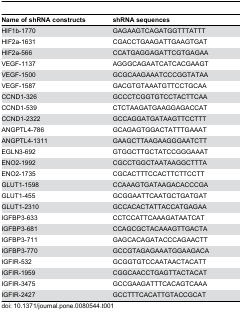
| Name of shRNA constructs | shRNA sequences |
 | --- | --- |
 | HIF1b-1770 | GAGAAGTCAGATGGTTTATTT |
 | HIF2a-1631 | CGACCTGAAGATTGAAGTGAT |
 | HIF2a-566 | CCATGAGGAGATTCGTGAGAA |
 | VEGF-1137 | AGGGCAGAATCATCACGAAGT |
 | VEGF-1500 | GCGCAAGAAATCCCGGTATAA |
 | VEGF-1587 | GACGTGTAAATGTTCCTGCAA |
 | CCND1-326 | GCCCTCGGTGTCCTACTTCAA |
 | CCND1-539 | CTCTAAGATGAAGGAGACCAT |
 | CCND1-2322 | GCCAGGATGATAAGTTCCTTT |
 | ANGPTL4-786 | GCAGAGTGGACTATTTGAAAT |
 | ANGPTL4-1311 | GAAGCTTAAGAAGGGAATCTT |
 | EGLN3-692 | GTGGCTTGCTATCCGGGAAAT |
 | ENO2-1992 | CGCCTGGCTAATAAGGCTTTA |
 | ENO2-1735 | CGCACTTTCCACTTCTTCCTT |
 | GLUT1-1598 | CCAAAGTGATAAGACACCCGA |
 | GLUT1-455 | GCGGAATTCAATGCTGATGAT |
 | GLUT1-2310 | GCCACACTATTACCATGAGAA |
 | IGFBP3-633 | CCTCCATTCAAAGATAATCAT |
 | IGFBP3-681 | CCAGCGCTACAAAGTTGACTA |
 | IGFBP3-711 | GAGCACAGATACCCAGAACTT |
 | IGFBP3-770 | GCCGTAGAGAAATGGAAGACA |
 | IGFIR-532 | GCGGTGTCCAATAACTACATT |
 | IGFIR-1959 | CGGCAACCTGAGTTACTACAT |
 | IGFIR-3475 | GCCGAAGATTTCACAGTCAAA |
 | IGFIR-2427 | GCCTTTCACATTGTACCGCAT |